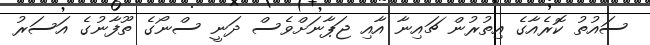
ސައުތު ކޮރެއާގެ އިތުރުން ޗައިނާ އާއި ޖަޕާނަށްވެސް ދަނީ ސްނޯގެ ތޫފާނުގެ އަސަރު